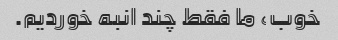
خوب، ما فقط چند انبه خوردیم.